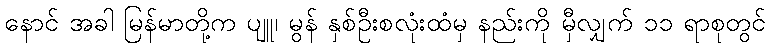
နောင် အခါ မြန်မာတို့က ပျူ၊ မွန် နှစ်ဦးစလုံးထံမှ နည်းကို မှီလျှက် ၁၁ ရာစုတွင်